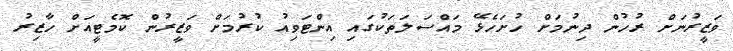
ވަޒީރުނަށް ރުހުން ދިނުމަށް ހުށަހެޅޭ މައްސަލަތަކުގައި އިންޓަވިއު ކުރުމަށް ވަޒީރުން ކޮމެޓީއަށް ހާޒިރު